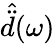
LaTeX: \hat{\ddot{d}}(\omega)